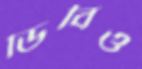
ডিবিও